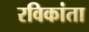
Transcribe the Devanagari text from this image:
रविकांता